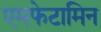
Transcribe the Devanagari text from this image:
एमफेटामिन